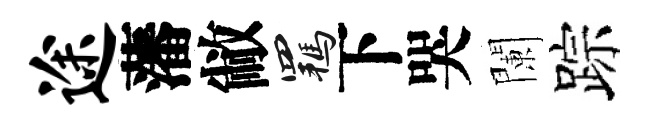
途藩敝羈下哭闌踪